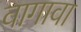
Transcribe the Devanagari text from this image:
वागावा